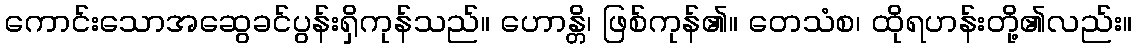
ကောင်းသောအဆွေခင်ပွန်းရှိကုန်သည်။ ဟောန္တိ၊ ဖြစ်ကုန်၏။ တေသံစ၊ ထိုရဟန်းတို့၏လည်း။